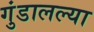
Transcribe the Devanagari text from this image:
गुंडालल्या